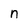
Character: n